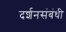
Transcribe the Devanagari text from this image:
दर्शनसंबंधी